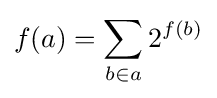
\displaystyle f(a)=\sum _{b\in a}2^{f(b)}